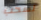
لسحب